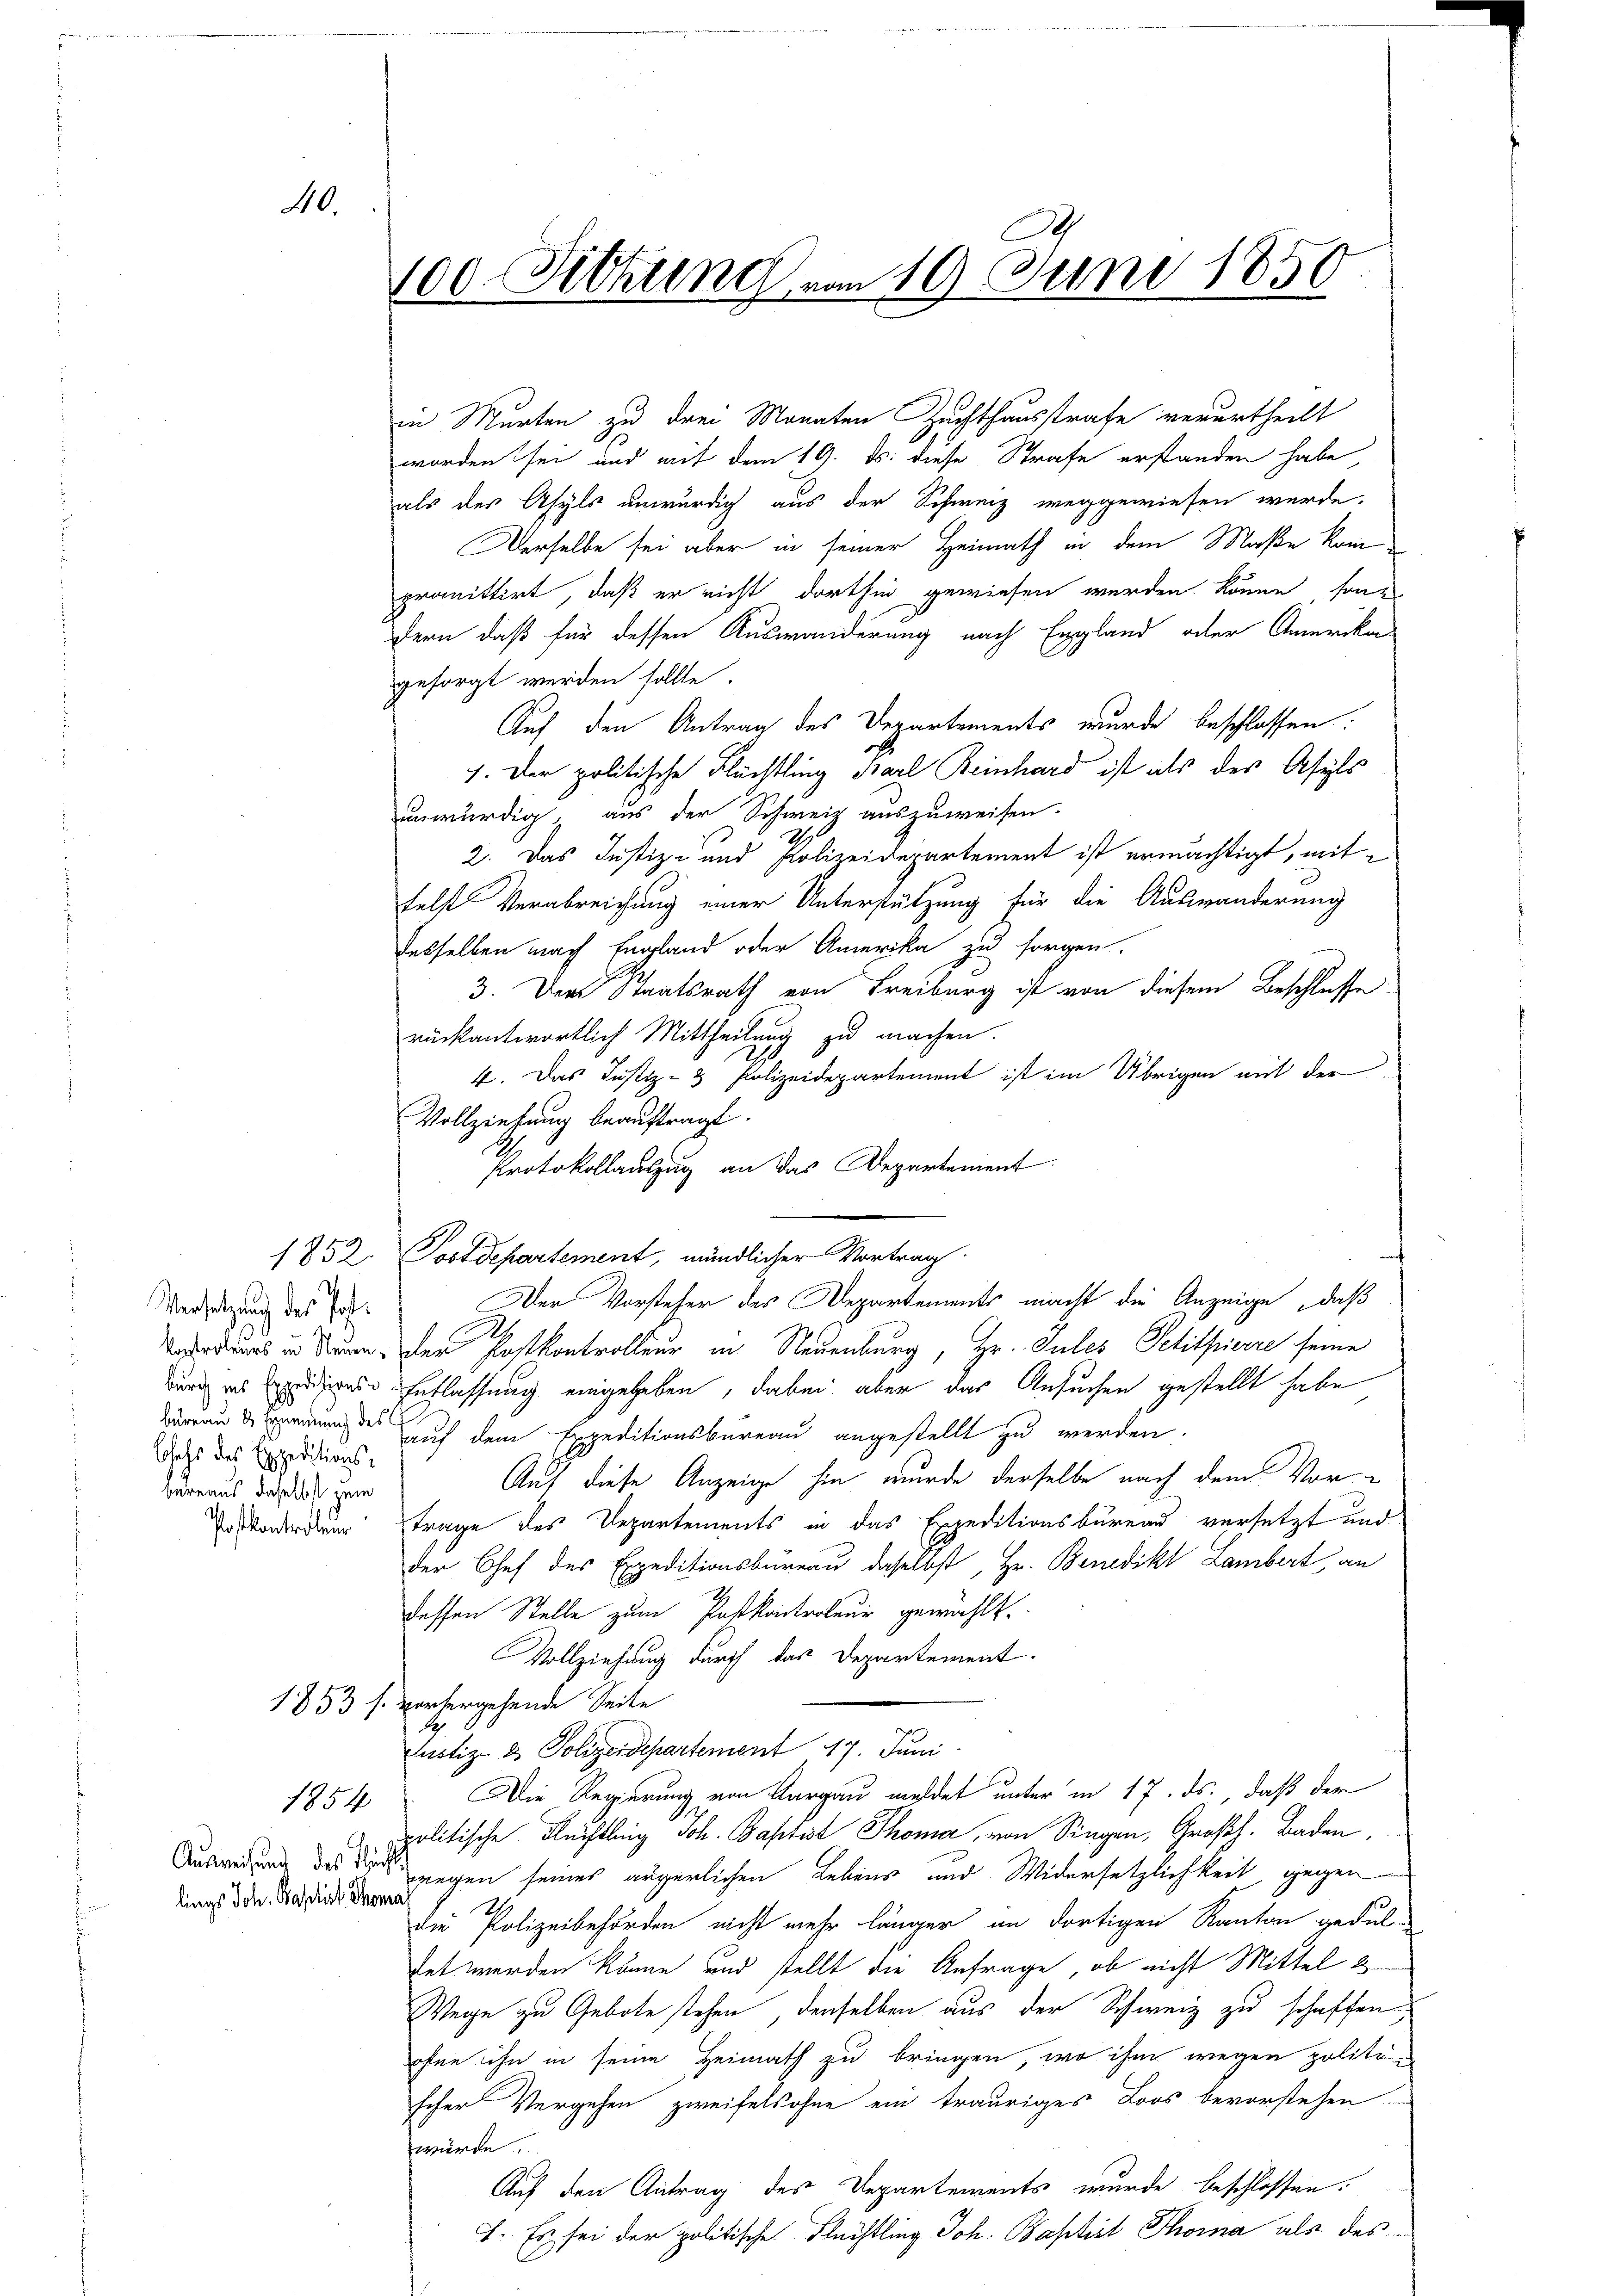
40.

Versetzung des Post.
büreau d. Ernennung des
behs des Expeditionsbureaus daselbst zum

1854

lings Joh. Baptist Thoma

in Murten zu drei Monaten Zuchthausstrafe verurtheilt
worden sei und mit dem 19. ds. diese Strafe erstanden habe,
als der Asyls unwürdig aus der Schweiz weggewiesen wurde.
Derselbe sei aber in seiner Heimath in dem Maße kom
promittirt, daß er nicht dorthin gewiesen werden könne sondern, daß für dessen Auswanderung nach England oder Amerika
gesorgt werden sollte.
Auf den Antrag des Departements wurde beschlossen:
1. Der politische Flüchtling Barl Reinhard ist als des Asyls
unwürdig aus der Schweiz auszuweisen.
2. Das Justiz- und Polizeidepartement ist ermächtigt, mittelst Verabreichung einer Unterstützung für die Auswanderung
desselben nach England oder Amerika zu sorgen.
3. Der Staatsrath von Freiburg ist von diesem Beschlusse
rückantwortlich Mittheilung zu machen
2
4. Das Justiz- & Polizeidepartement ist im Übrigen mit der
Vollziehung beauftragt.
Protokollauszug an das Departement
1852. Postdepartement, mündlicher Vortrag.
odus in Sturm. Der Postkontrolleur in Neuenburg, Hr. Jules Petitpierre seine
durch in diese Entlassung eingegeben, dabei aber das Ansuchen gestellt habe
auf dem Expeditionsbureau angestellt zu werden.
Auf diese Anzeige hin, wurde derselbe nach dem Vor-
oerdung trage des Departements in das Expeditionsbüreau versetzt und
der Chef des Expeditionsbüreau daselbst, Hr. Benedikt Lambert, an
dessen Stelle zum Postkanterteur gewählt.
Vollziehung durch das Departement.
1853 s. vorhergehende Seite
S.
Justiz- & Polizeidepartement 17. Juni
Die Regierung von Aargau meldet unter in 17. ds., daß der
politische Flechtling Joh. Baptist Thoma, von Singen, Großh. Baden,
Ausweisung des die gegen seines ärgerlichen Lebens und Widersetzlichkeit, gegen
die Polizeibehörden nicht mehr länger im dortigen Kanton gedul-
tet werden könne und stellt die Anfrage, ob nicht Mittel 2
Wege zu Gebote stehen, denselben aus der Schweiz zu schaffen
ohne ihn in seine Heimath zu bringen, wo ihm wegen politischer Vergehen zweifelsohne ein trauriges Loos bevorstehen.
würde.
Auf den Antrag des Departements wurde beschlossen.
I. Es sei der politische Flüchtling Joh. Baptist Thoma als des

100. Sitzung vom 10. Juni 1850.

Der Vorsteher des Departements macht die Anzeige, daß